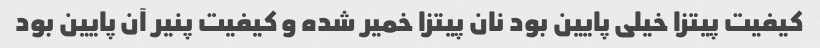
کیفیت پیتزا خیلی پایین بود نان پیتزا خمیر شده و کیفیت پنیر آن پایین بود